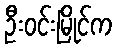
ဦးဝင်းမြိုင်က